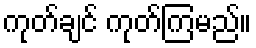
ကုတ်ချင် ကုတ်ကြမည်။